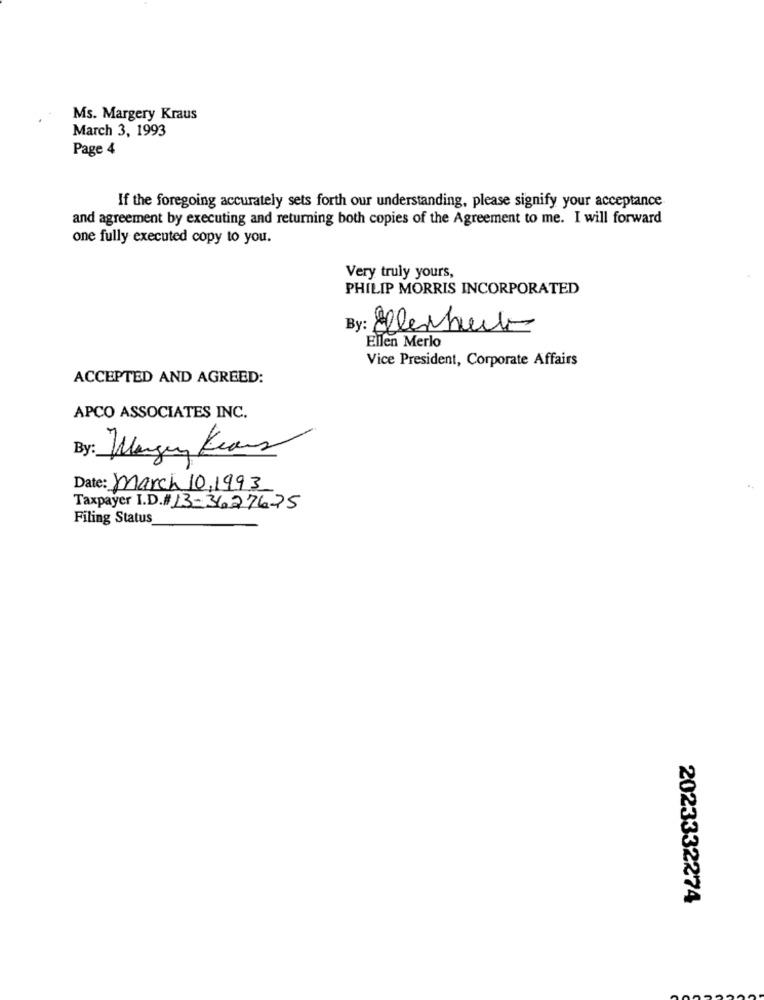
Ms. Margery Kraus
March 3, 1993
Page 4
If the foregoing accurately sets forth our understanding, please signify your acceptance
and agreement by executing and returning both copies of the Agreement to me. I will forward
one fully executed copy to you.
Very truly yours,
PHILIP MORRIS INCORPORATED
By: Ellerhaut
Ellen Merlo
Vice President, Corporate Affairs
ACCEPTED AND AGREED:
APCO ASSOCIATES INC.
By: Wangen Kears
Date: March 10,1993
Taxpayer I.D.# 13-3627675
Filing Status
2023332274